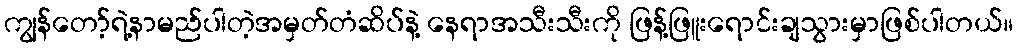
ကျွန်တော့်ရဲ့နာမည်ပါတဲ့အမှတ်တံဆိပ်နဲ့ နေရာအသီးသီးကို ဖြန့်ဖြူးရောင်းချသွားမှာဖြစ်ပါတယ်။